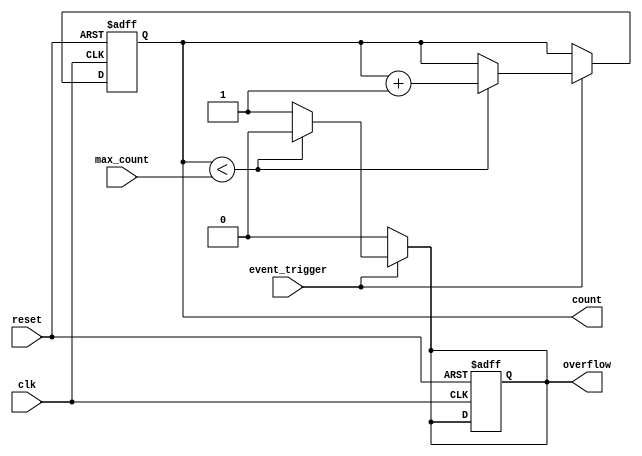
module EventTriggeredCounter (
    input wire clk,                // Clock signal
    input wire reset,              // Asynchronous reset signal
    input wire event_trigger,      // Event trigger signal
    input wire [7:0] max_count,    // Maximum count value (preset)
    output reg [7:0] count,        // Current count value
    output reg overflow            // Overflow indicator
);

    // Internal signal to hold the next count value
    reg [7:0] next_count;

    // Asynchronous reset
    always @(posedge clk or posedge reset) begin
        if (reset) begin
            count <= 8'b0;          // Clear count on reset
            overflow <= 1'b0;       // Clear overflow status
        end else begin
            count <= next_count;    // Update count on clock edge
        end
    end

    // Counting mechanism
    always @(*) begin
        if (event_trigger) begin
            if (count < max_count) begin
                next_count = count + 1; // Increment count
                overflow = 1'b0;         // No overflow
            end else begin
                next_count = count;     // Hold count at max
                overflow = 1'b1;         // Set overflow
            end
        end else begin
            next_count = count;         // Hold current count if no event
            overflow = 1'b0;            // Clear overflow if no event
        end
    end

endmodule